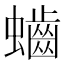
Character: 𪘅